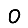
Digit: 0